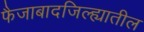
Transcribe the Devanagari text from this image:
फैजाबादजिल्ह्यातील